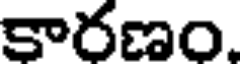
కారణం.